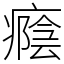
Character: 癊